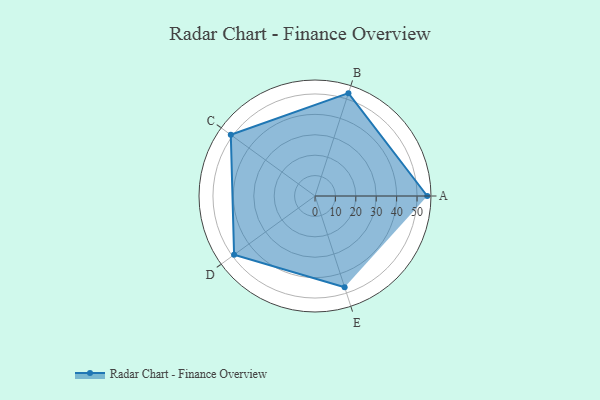
{"axis": {"x": "Skill", "y": "Score"}, "legend": ["Profile"], "data": [{"x": "A", "y": 55.0, "type": "Profile"}, {"x": "B", "y": 53.0, "type": "Profile"}, {"x": "C", "y": 51.0, "type": "Profile"}, {"x": "D", "y": 49.0, "type": "Profile"}, {"x": "E", "y": 47.0, "type": "Profile"}]}